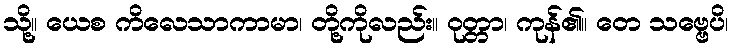
သို့။ ယေစ ကိလေသာကာမာ၊ တို့ကိုလည်း။ ဝုတ္တာ၊ ကုန်၏။ တေ သဗ္ဗေပိ၊